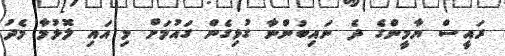
ރައީސް ޔާމީންގެ ދެ ނައިބުންނާ ގުޅިގެން ގައުމަށް މި އައި ލޮޅުމާ މެދު